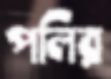
পলির